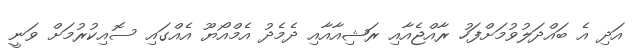
އަދި އެ ބައްދަލުވުމަށްފަހު ރާއްޖެއާއި ރަޝިއާއާއި ދެމެދު އެމްއޯޔޫ އެއްގައި ސޮއިކުރުމަށް ވަނީ